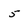
Character: 5